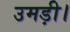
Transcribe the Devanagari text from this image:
उमड़ी।